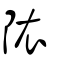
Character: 䧇